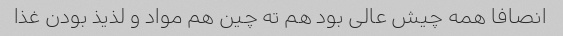
انصافا همه چیش عالی بود هم ته چین هم مواد و لذیذ بودن غذا